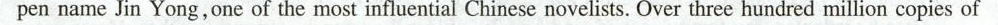
pen name Jin Yong,one of the most influential Chinese novelists. Over three hundred million copies of